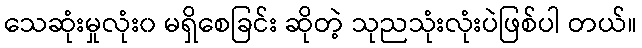
သေဆုံးမှုလုံး၀ မရှိစေခြင်း ဆိုတဲ့ သုညသုံးလုံးပဲဖြစ်ပါ တယ်။